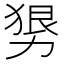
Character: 𰅒